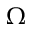
\Omega